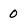
Character: 0